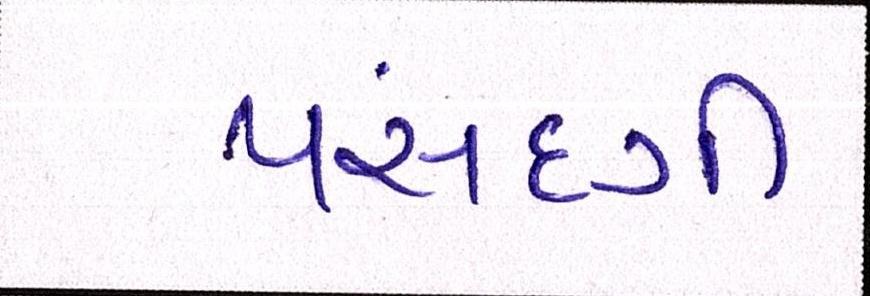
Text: પસંદગી